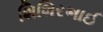
શિશિરભાઈ